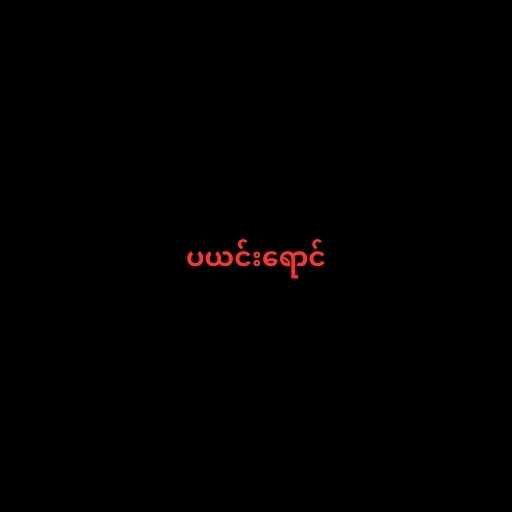
ပယင်းရောင်